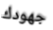
جهودك